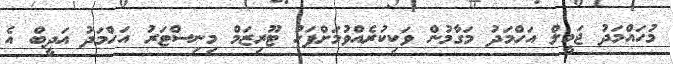
މުހައްމަދު ޖަމީލް އަހްމަދު މަގާމުން ވަކިކުރެއްވުމަށްފަހު ޓޫރިޒަމް މިނިސްޓަރު އަހްމަދު އަދީބް އެ